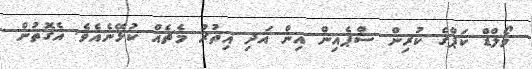
ވޯލްޑް ކަޕްގެ ކުރިން ސްޕެއިން އިން އަދި އިތުރު މެޗެއް ކުޅޭނެއެވެ. އެގޮތުން